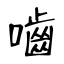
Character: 嚙